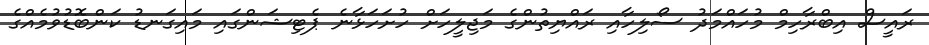
ރައީސް އިބްރާހިމް މުހައްމަދު ސޯލިހާއި ރައްޔިތުންގެ މަޖިލީހަށް ހުށަަހަޅާނެ ޕެޓިޝަންގައި މައިގަނޑު ކަންބޮޑުވުމެއްގެ